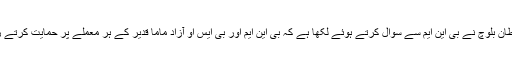
جبکہ سلطان بلوچ نے بی این ایم سے سوال کرتے ہوئے لکھا ہے کہ بی این ایم اور بی ایس او آزاد ماما قدیر کے ہر معملے پر حمایت کرتے رہے ہیں۔